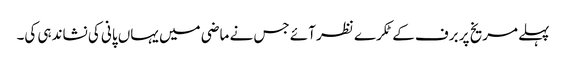
پہلے مریخ پر برف کے ٹکرے نظر آئے جس نے ماضی میں یہاں پانی کی نشاندہی کی۔